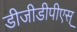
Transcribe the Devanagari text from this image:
डीजीडीपीएस्